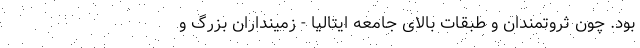
بود. چون ثروتمندان و طبقات بالای جامعه ایتالیا - زمینداران بزرگ و